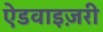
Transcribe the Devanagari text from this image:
ऐडवाइज़री